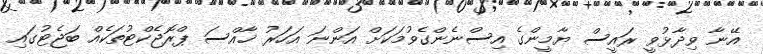
އޭނާ ވިދާޅުވީ ރައީސް ޔާމީންގެ އިސްނެންގެވުމަކަށް އަންނަ އަހަރު ޚާއްސަ ޕްރޮޖެކްޓުތަކެއް ބަޖެޓުގައި